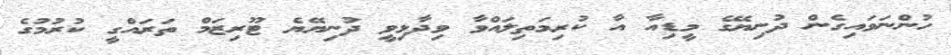
ހުންނަވައިގެން ދުނިޔޭގެ މީޑިއާ އާ ކުރިމަތިލައްވާ ވިދާޅިވީ ދުނިޔޭޔެ ޓޫރިޒަމް ތަރައްގީ ކުރުމުގެ